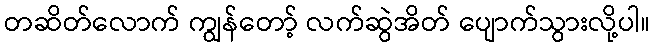
တဆိတ်လောက် ကျွန်တော့် လက်ဆွဲအိတ် ပျောက်သွားလို့ပါ။